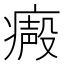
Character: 𤹥